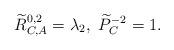
LaTeX: \begin{align*}\widetilde{R}_{C,A}^{0,2} = \lambda_2, \ \widetilde{P}_{C}^{-2} = 1.\end{align*}